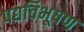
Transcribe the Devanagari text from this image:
पद्यविभूषण